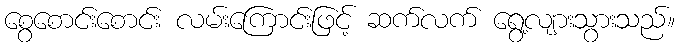
စွေစောင်းစောင်း လမ်းကြောင်းဖြင့် ဆက်လက် ရွေ့လျားသွားသည်။